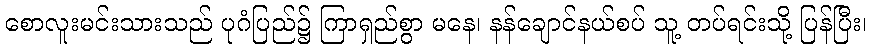
စောလူးမင်းသားသည် ပုဂံပြည်၌ ကြာရှည်စွာ မနေ၊ နန်ချောင်နယ်စပ် သူ့ တပ်ရင်းသို့ ပြန်ပြီး၊